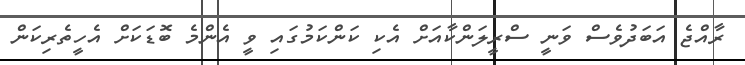
ރާއްޖެ އަބަދުވެސް ވަނީ ސްރީލަންކާއަށް އެކި ކަންކަމުގައި ވީ އެންމެ ބޮޑަކަށް އެހީތެރިކަން